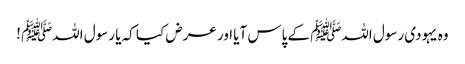
وہ یہودی رسول اللہﷺ کے پاس آیا اور عرض کیا کہ یا رسول اللہﷺ !